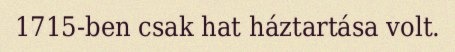
1715-ben csak hat háztartása volt.